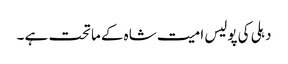
دہلی کی پولیس امیت شاہ کے ماتحت ہے ۔